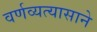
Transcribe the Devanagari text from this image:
वर्णव्यत्यासाने